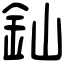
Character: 𨥉